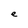
Character: e